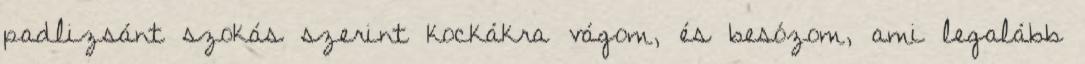
padlizsánt szokás szerint kockákra vágom, és besózom, ami legalább